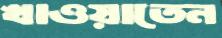
খাওয়াতেন